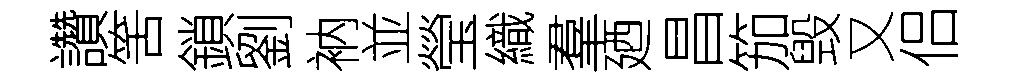
讚筈鎖劉衲並瑩織羣廼昌笳毁又侣